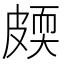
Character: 㿵